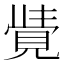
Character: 𮗓